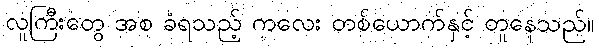
လူကြီးတွေ အစ ခံရသည့် ကလေး တစ်ယောက်နှင့် တူနေသည်။